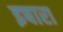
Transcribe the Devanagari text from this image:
इषारा